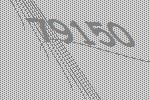
79150